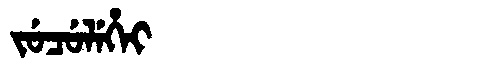
Manchu: ᠵᡠᠴᡠᠯᡝᡥᡝᡳ
Romanization: JUCULEHEI